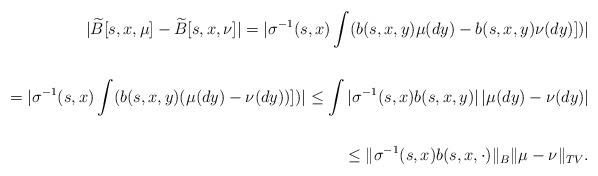
LaTeX: \begin{align*}|\widetilde B[s,x,\mu] - \widetilde B[s,x,\nu]|= |\sigma^{-1}(s,x)\int (b(s,x,y)\mu(dy) - b(s,x,y)\nu(dy)])| \\\\= |\sigma^{-1}(s,x)\int (b(s,x,y)(\mu(dy) - \nu(dy))])|\le \int |\sigma^{-1}(s,x)b(s,x,y)|\,|\mu(dy) - \nu(dy)| \\\\\le \|\sigma^{-1}(s,x)b(s,x,\cdot)\|_B \|\mu-\nu\|_{TV}.\end{align*}